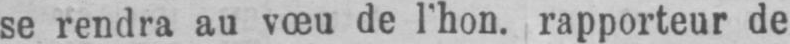
se rendra au vœu de l’hon. rapporteur de